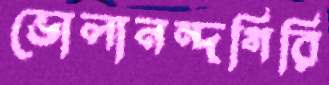
ভোলানন্দগিরি